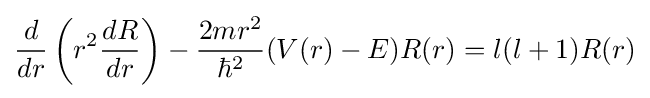
{\frac {d}{dr}}\left(r^{2}{\frac {dR}{dr}}\right)-{\frac {2mr^{2}}{\hbar ^{2}}}(V(r)-E)R(r)=l(l+1)R(r)